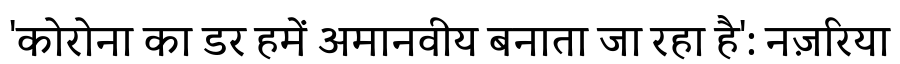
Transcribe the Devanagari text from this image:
'कोरोना का डर हमें अमानवीय बनाता जा रहा है': नज़रिया